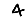
Digit: 4